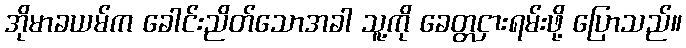
အိုမာခယမ်က ခေါင်းညိတ်သောအခါ သူ့ကို ခေတ္တငှားရမ်းဖို့ ပြောသည်။